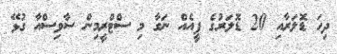
ދިހަ ޑޮލަރާއި 20 ޑޮލަރުގެ ފީއެއް ނަގާ މި ސްޓްރީމިން ސާވިސްއާ ގުޅޭ